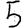
Digit: 5